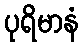
ပုရိမာနံ